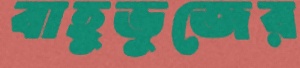
বাহুভুজের